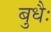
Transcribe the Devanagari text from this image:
बुधैः